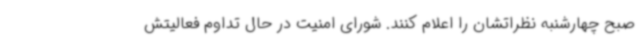
صبح چهارشنبه نظراتشان را اعلام کنند. شورای امنیت در حال تداوم فعالیتش